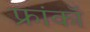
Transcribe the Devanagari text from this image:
फ्रांकॉ